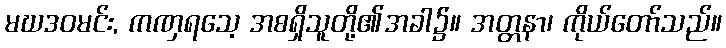
မဃဒဝမင်း, ကဏှရသေ့ အစရှိသူတို့၏အခါ၌။ အတ္တနာ၊ ကိုယ်တော်သည်။